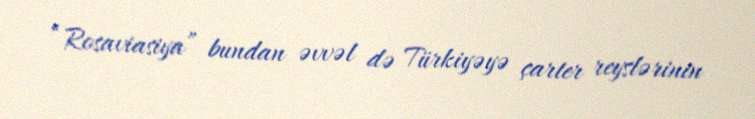
“Rosaviasiya” bundan əvvəl də Türkiyəyə çarter reyslərinin